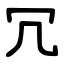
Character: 冗